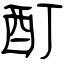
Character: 酊